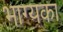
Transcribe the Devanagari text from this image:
भाग्यका